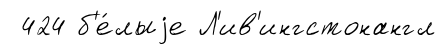
424 б'е́лыjе Л'ив'ингстонангл